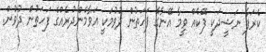
ކެރަފާ ނަޝީދަކީ ފޭކެއް ވީމާ އޭނާގެ ފަހަތުން ދުވުމަކީ އަވާމެންދުރެއްގެ ފަހަތުން ދުވުން.